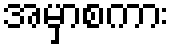
အမှာစကား